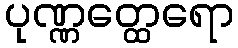
ပုဏ္ဏတ္ထေရော